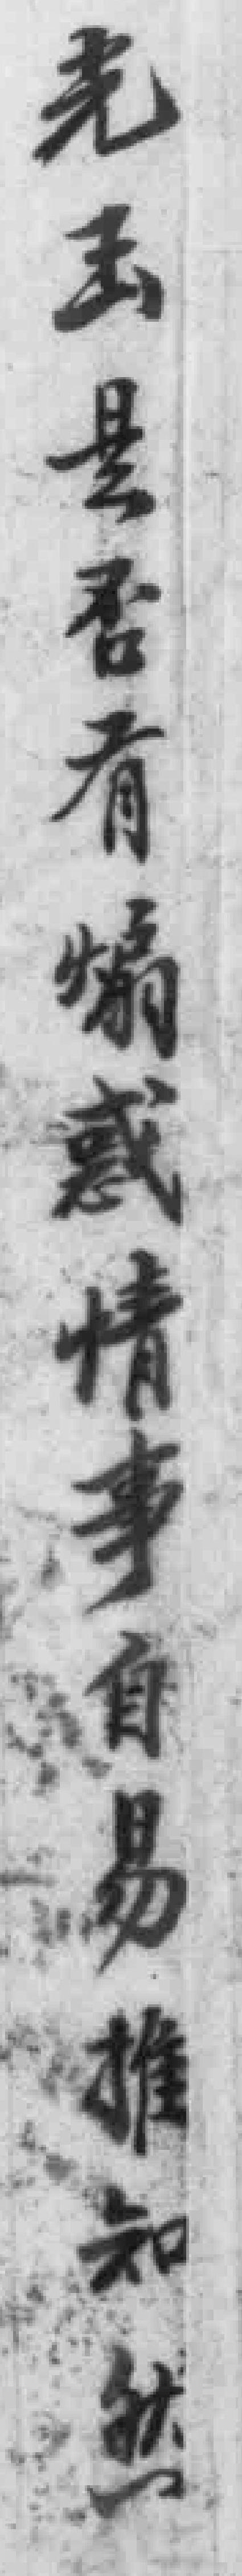
光玉是否有煽惑情事自易推知然